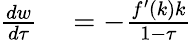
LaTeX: \begin{array}{rl}{{\frac{dw}{d\tau}}}&{{}=-{\frac{f^{\prime}(k)k}{1-\tau}}}\end{array}